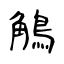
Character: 鵤